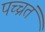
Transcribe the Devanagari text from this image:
पच्चतं